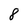
Character: 8